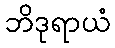
ဘိဒုရာယံ